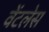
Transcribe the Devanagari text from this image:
वेंटलेस